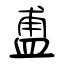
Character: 盙